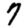
Digit: 7